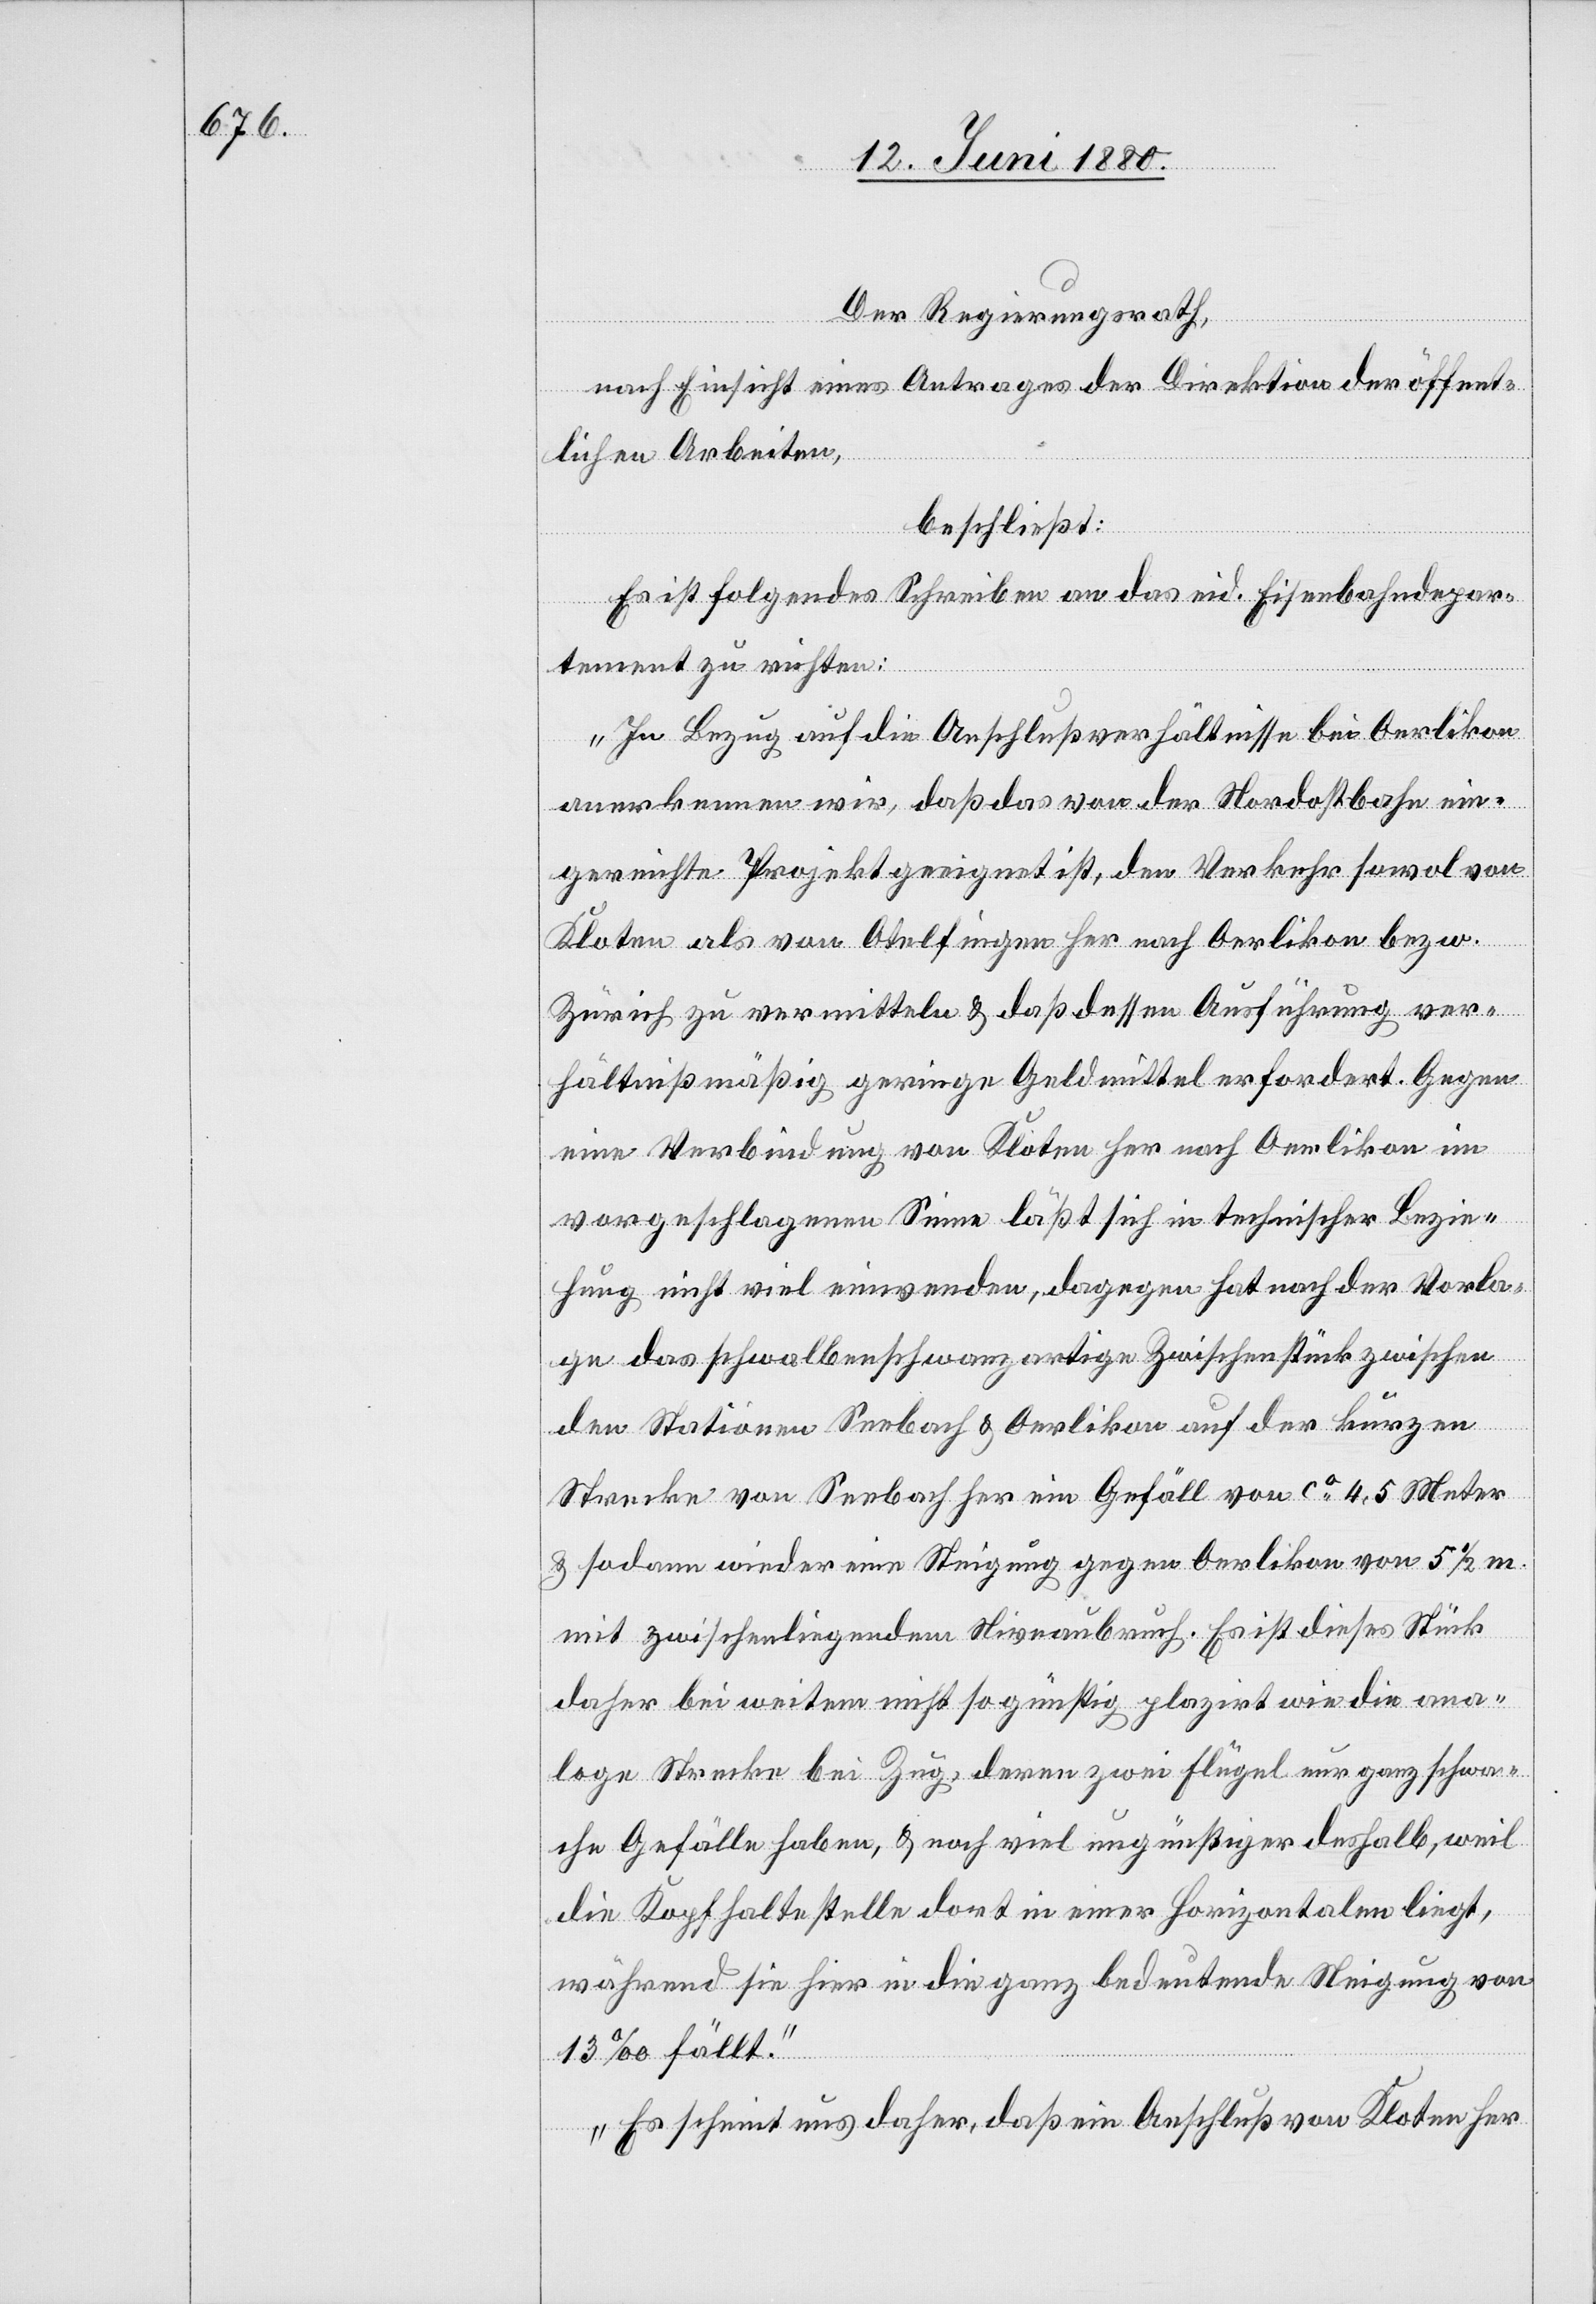
Der Regierungsrath,
nach Einsicht eines Antrages der Direktion der öffent¬
lichen Arbeiten,
beschließt:
Es ist folgendes Schreiben an das eid. Eisenbahndepar¬
tement zu richten:
„In Bezug auf die Anschlußverhältnisse bei Oerlikon
anerkennen wir, daß das von der Nordostbahn ein¬
gereichte Projekt geeignet ist, den Verkehr sowol von
Kloten als von Otelfingen her nach Oerlikon bezw.
Zürich zu vermitteln & daß dessen Ausführung ver¬
hältnißmäßig geringe Geldmittel erfordert. Gegen
eine Verbindung von Kloten her nach Oerlikon im
vorgeschlagenen Sinne läßt sich in technischer Bezie¬
hung nicht viel einwenden, dagegen hat nach der Vorla¬
ge das schwalbenschwanzartige Zwischenstück zwischen
den Stationen Seebach & Oerlikon auf der kurzen
Strecke von Seebach her ein Gefäll von ca 4.5 Meter
& sodann wieder eine Steigung gegen Oerlikon von 51/2 m
mit zwischenliegendem Niveaubruch. Es ist dieses Stück
daher bei weitem nicht so günstig plazirt wie die ana¬
loge Strecke bei Zug, deren zwei Flügel nur ganz schwa¬
che Gefälle haben, & noch viel ungünstiger deshalb, weil
die Kopfhaltestelle dort in einer horizontalen liegt,
während sie hier in die ganz bedeutende Steigung von
13‰ fällt.
Es scheint uns daher, daß ein Anschluß von Kloten her